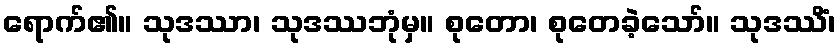
ရောက်၏။ သုဒဿာ၊ သုဒဿဘုံမှ။ စုတော၊ စုတေခဲ့သော်။ သုဒဿိံ၊